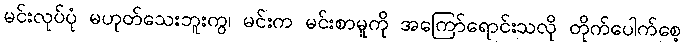
မင်းလုပ်ပုံ မဟုတ်သေးဘူးကွ၊ မင်းက မင်းစာမူကို အကြော်ရောင်းသလို တိုက်ပေါက်စေ့